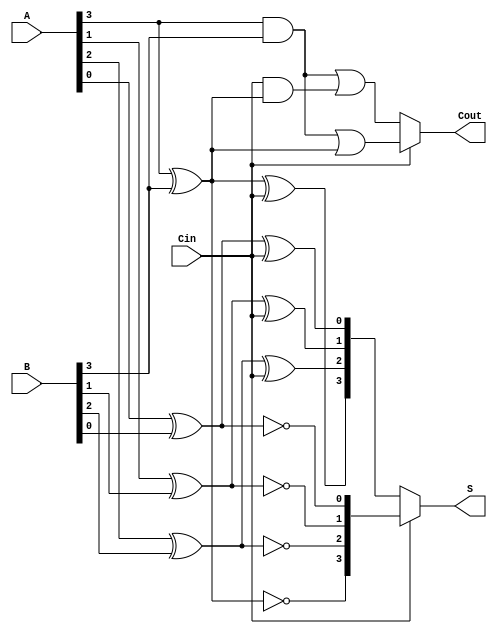
module ConditionalSumAdder (
    input  wire [3:0] A,       // 4-bit input A
    input  wire [3:0] B,       // 4-bit input B
    input  wire Cin,           // Carry-in
    output wire [3:0] S,       // 4-bit Sum output
    output wire Cout           // Carry-out
);

    // Internal wires for partial sums and carries
    wire [3:0] S0, S1;   // Sums if Cin = 0 and Cin = 1
    wire [3:0] C0, C1;   // Carries if Cin = 0 and Cin = 1
    wire carry_group[0:3]; // Carry signals for each group

    // Partial sums and carries for each bit
    genvar i;
    generate
        for (i = 0; i < 4; i = i + 1) begin : CSA
            // Calculate partial sums
            assign S0[i] = A[i] ^ B[i] ^ Cin;       // S0 if Cin = 0
            assign S1[i] = A[i] ^ B[i] ^ 1'b1;      // S1 if Cin = 1
            
            // Calculate carry outputs
            assign C0[i] = (A[i] & B[i]) | (Cin & (A[i] ^ B[i])); // C0 if Cin = 0
            assign C1[i] = (A[i] & B[i]) | (1'b1 & (A[i] ^ B[i])); // C1 if Cin = 1
        end
    endgenerate

    // Select sums and carries based on Cin
    assign S = (Cin) ? S1 : S0; // Select S0 or S1 based on Cin
    assign Cout = (Cin) ? C1[3] : C0[3]; // Select C0 or C1 based on Cin

endmodule